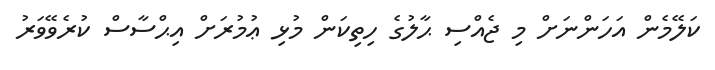
ކަލޭމެން އަހަންނަށް މި ޖެއްސި ޙާލުގެ ހިތިކަން މުޅި ޢުމުރަށް އިޙްސާސް ކުރެވޭވަރު